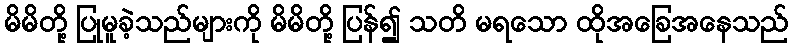
မိမိတို့ ပြုမူခဲ့သည်များကို မိမိတို့ ပြန်၍ သတိ မရသော ထိုအခြေအနေသည်